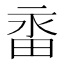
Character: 𭻑